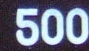
500